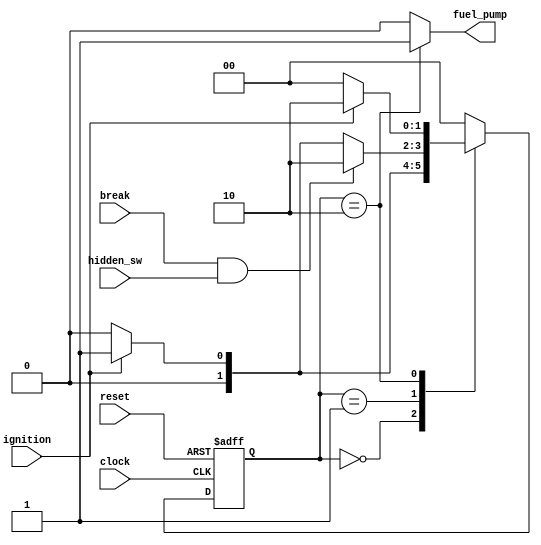
`define IDLE 2'b00
`define IGNITION_ON 2'b01
`define FUEL_ON 2'b10

module fuel_pump_logic (
    input clock, reset,
    input break, ignition, hidden_sw,
    output fuel_pump);      

reg [1:0] EA, PE;

always @(posedge clock, posedge reset) begin
    if (reset) begin
        EA <= `IDLE;
    end
    else begin
        EA <= PE;
    end
end

always @(*) begin
    case (EA)

        `IDLE: begin
            if (ignition) 
                PE = `IGNITION_ON;
            else 
                PE = `IDLE;
        end

        `IGNITION_ON: begin
            if (break && hidden_sw)
                PE = `FUEL_ON;
            else if (!ignition)
                PE = `IDLE;
            else
                PE = `IGNITION_ON;
        end

        `FUEL_ON: begin
            if (!ignition)
                PE = `IDLE;
            else 
                PE = `FUEL_ON;
        end

        default: PE = `IDLE;

    endcase 
end

assign fuel_pump = (EA == `FUEL_ON) ? 1'b1 : 1'b0;

endmodule